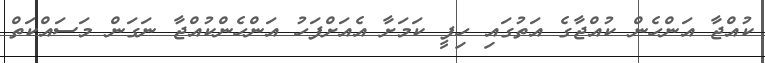
ކުއްޖާ އަންހެން ކުއްޖާގެ އަތުގައި ހިފީ ކަމަށާ އެއަށްފަހު އަންހެންކުއްޖާ ނަގަން މަސައްކަތް